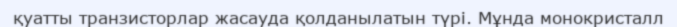
қуатты транзисторлар жасауда қолданылатын түрі. Мұнда монокристалл